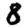
Digit: 8